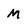
Character: m